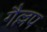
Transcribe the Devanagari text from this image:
गैल्लप